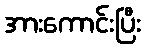
အားကောင်းပြီး